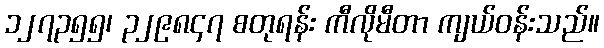
၁၂၇၃၅၅၊ ၃၂၉၈၄၇ စတုရန်း ကီလိုမီတာ ကျယ်ဝန်းသည်။